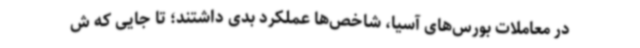
در معاملات بورس‌های آسیا، شاخص‌ها عملکرد بدی داشتند؛ تا جایی که ش